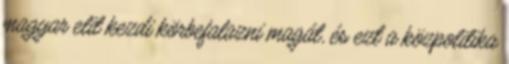
magyar elit kezdi körbefalazni magát, és ezt a közpolitika